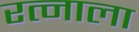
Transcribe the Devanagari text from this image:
रत्‍नाला